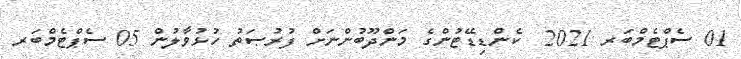
01 ސެޕްޓެމްބަރ 2021  ކެންޑިޑޭޓުންގެ މަންދޫބުންނަށް ފުރުޞަތު ހުޅުވާލުން 05 ސެޕްޓެމްބަރ